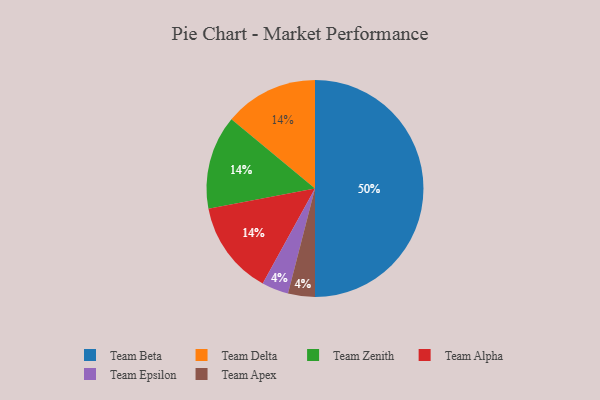
{"axis": {"x": "Category", "y": "Percentage"}, "legend": ["Team Alpha", "Team Apex", "Team Beta", "Team Delta", "Team Epsilon", "Team Zenith"], "data": [{"x": "Team Epsilon", "y": 4, "type": "Team Epsilon"}, {"x": "Team Delta", "y": 14, "type": "Team Delta"}, {"x": "Team Zenith", "y": 14, "type": "Team Zenith"}, {"x": "Team Apex", "y": 4, "type": "Team Apex"}, {"x": "Team Alpha", "y": 14, "type": "Team Alpha"}, {"x": "Team Beta", "y": 50, "type": "Team Beta"}]}